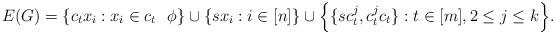
LaTeX: \begin{align*}E(G)=\{c_tx_i: x_i\in c_t~~\phi\}\cup \{sx_i: i\in [n]\}\cup \Big\{\{sc^j_t,c^j_tc_t\}:t\in [m], 2\leq j\leq k\Big\}.\end{align*}